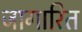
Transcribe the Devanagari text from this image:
जागारित